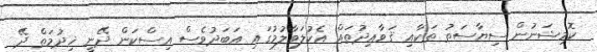
ކޮމިޝަނުން ސިޔާސަތު ތަކާއި ޤަވާޢިދުތައް އެކުލަވާލުމުގައި އަބަދުވެސް އިސްކަން ދޭނީ ޚިދުމަތް ދޭ